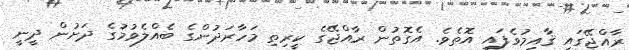
ރާއްޖޭގައި ޤާއިމުވެފައި އޮތެވެ. އެގޮތުން ރާއްޖޭގެ ކީރިތި މަހާރަދުންގެ ބެއްލެވުމުގެ ދަށުން ދީނީ